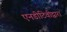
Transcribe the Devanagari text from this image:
एनडीटिवीद्वारा